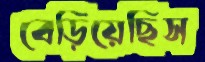
বেড়িয়েছিস